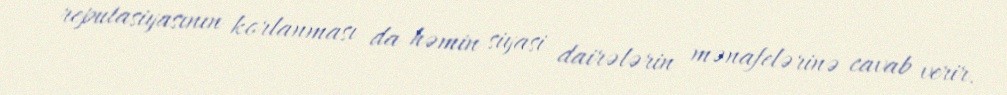
reputasiyasının korlanması da həmin siyasi dairələrin mənafelərinə cavab verir.